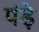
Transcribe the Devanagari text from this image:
पंड़े